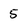
Character: 5